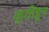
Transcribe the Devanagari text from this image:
कृतींहून